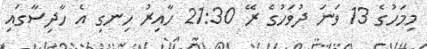
މިމަހުގެ 13 ވަނަ ދުވަހުގެ ރޭ 21:30 ހާއިރު ހިނގި އެ ހާދިސާގައި